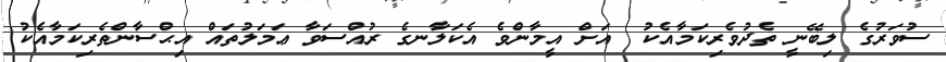
ސުވަރުގެ ލިބޭނީ ތެދުވެރިކަމާއެކު  އަށް އީމާންވެ އެކަލާނގެ ރުއްސަވާ ޢަމަލުތައް އިޙްސާންތެރިކަމާއެކު